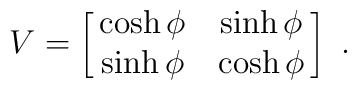
V=\left[\matrix{\cosh\phi&\sinh\phi\cr \sinh\phi&\cosh\phi}\right]\ .